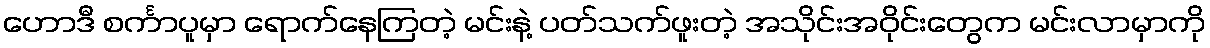
ဟောဒီ စင်္ကာပူမှာ ရောက်နေကြတဲ့ မင်းနဲ့ ပတ်သက်ဖူးတဲ့ အသိုင်းအဝိုင်းတွေက မင်းလာမှာကို